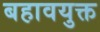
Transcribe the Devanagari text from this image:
बहावयुक्त